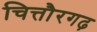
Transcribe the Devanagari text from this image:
चित्तौरगढ़